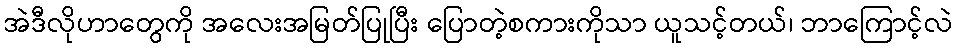
အဲဒီလိုဟာတွေကို အလေးအမြတ်ပြုပြီး ပြောတဲ့စကားကိုသာ ယူသင့်တယ်၊ ဘာကြောင့်လဲ